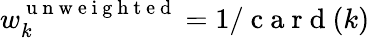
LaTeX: w_{k}^{\mathrm{~u~n~w~e~i~g~h~t~e~d~}}=1/\mathrm{~c~a~r~d~}(k)